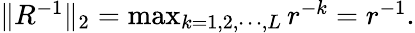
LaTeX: \begin{array}{r}{\| R^{-1}\| _{2}=\operatorname*{max}_{k=1,2,\cdots,L}r^{-k}=r^{-1}.}\end{array}